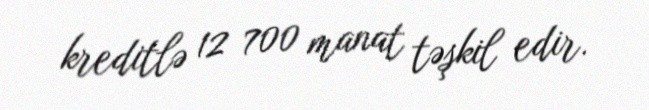
kreditlə 12 700 manat təşkil edir.